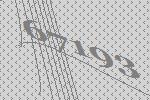
67193